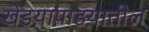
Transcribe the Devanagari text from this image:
खेडय़ापाडय़ातील